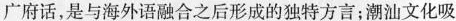
广府话，是与海外语融合之后形成的独特方言；潮汕文化